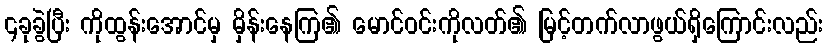
၄ခုခွဲပြီး ကိုထွန်းအောင်မှ မှိန်းနေကြ၏ မောင်ဝင်းကိုလတ်၏ မြင့်တက်လာဖွယ်ရှိကြောင်းလည်း